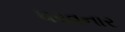
ધરવનાર